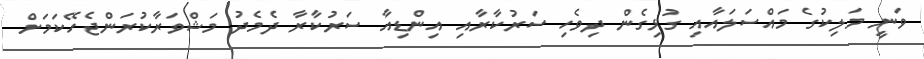
ވަނީ މަލިކުގެ މައްސަލައާއި ގުޅިގެން ދިވެހި ސަރުކާރާއި އިންޑިއާ ސަރުކާރާ ދެމެދު މަޝްވަރާކުރަންޖެހޭކަމަށް